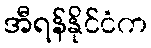
အီရန်နိုင်ငံက